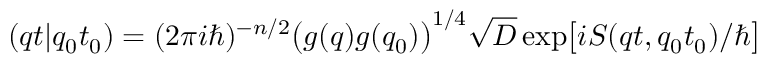
( q t \vert q _ { 0 } t _ { 0 } ) = ( 2 \pi i \hbar ) ^ { - n / 2 } \bigl ( g ( q ) g ( q _ { 0 } ) \bigr ) ^ { 1 / 4 } \sqrt { D } \exp \bigl [ i S ( q t , q _ { 0 } t _ { 0 } ) / \hbar \bigr ]